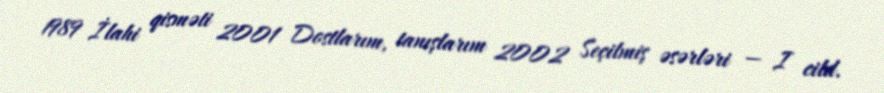
1989 İlahi qisməti 2001 Dostlarım, tanışlarım 2002 Seçilmiş əsərləri — I cild.